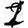
Digit: 1